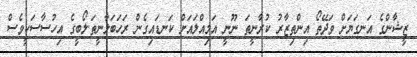
ޒީޝާންގެ އަނގަޔަށް ވަދޭތޯ އިންތިޒާރު ކުރާނީތަ ނޫނީ އަމިއްލައަށް ކަނޑައިގެން ރަހަބަލާނީތަ.ލޯބީގެ އިހުސާސަކީވެސް